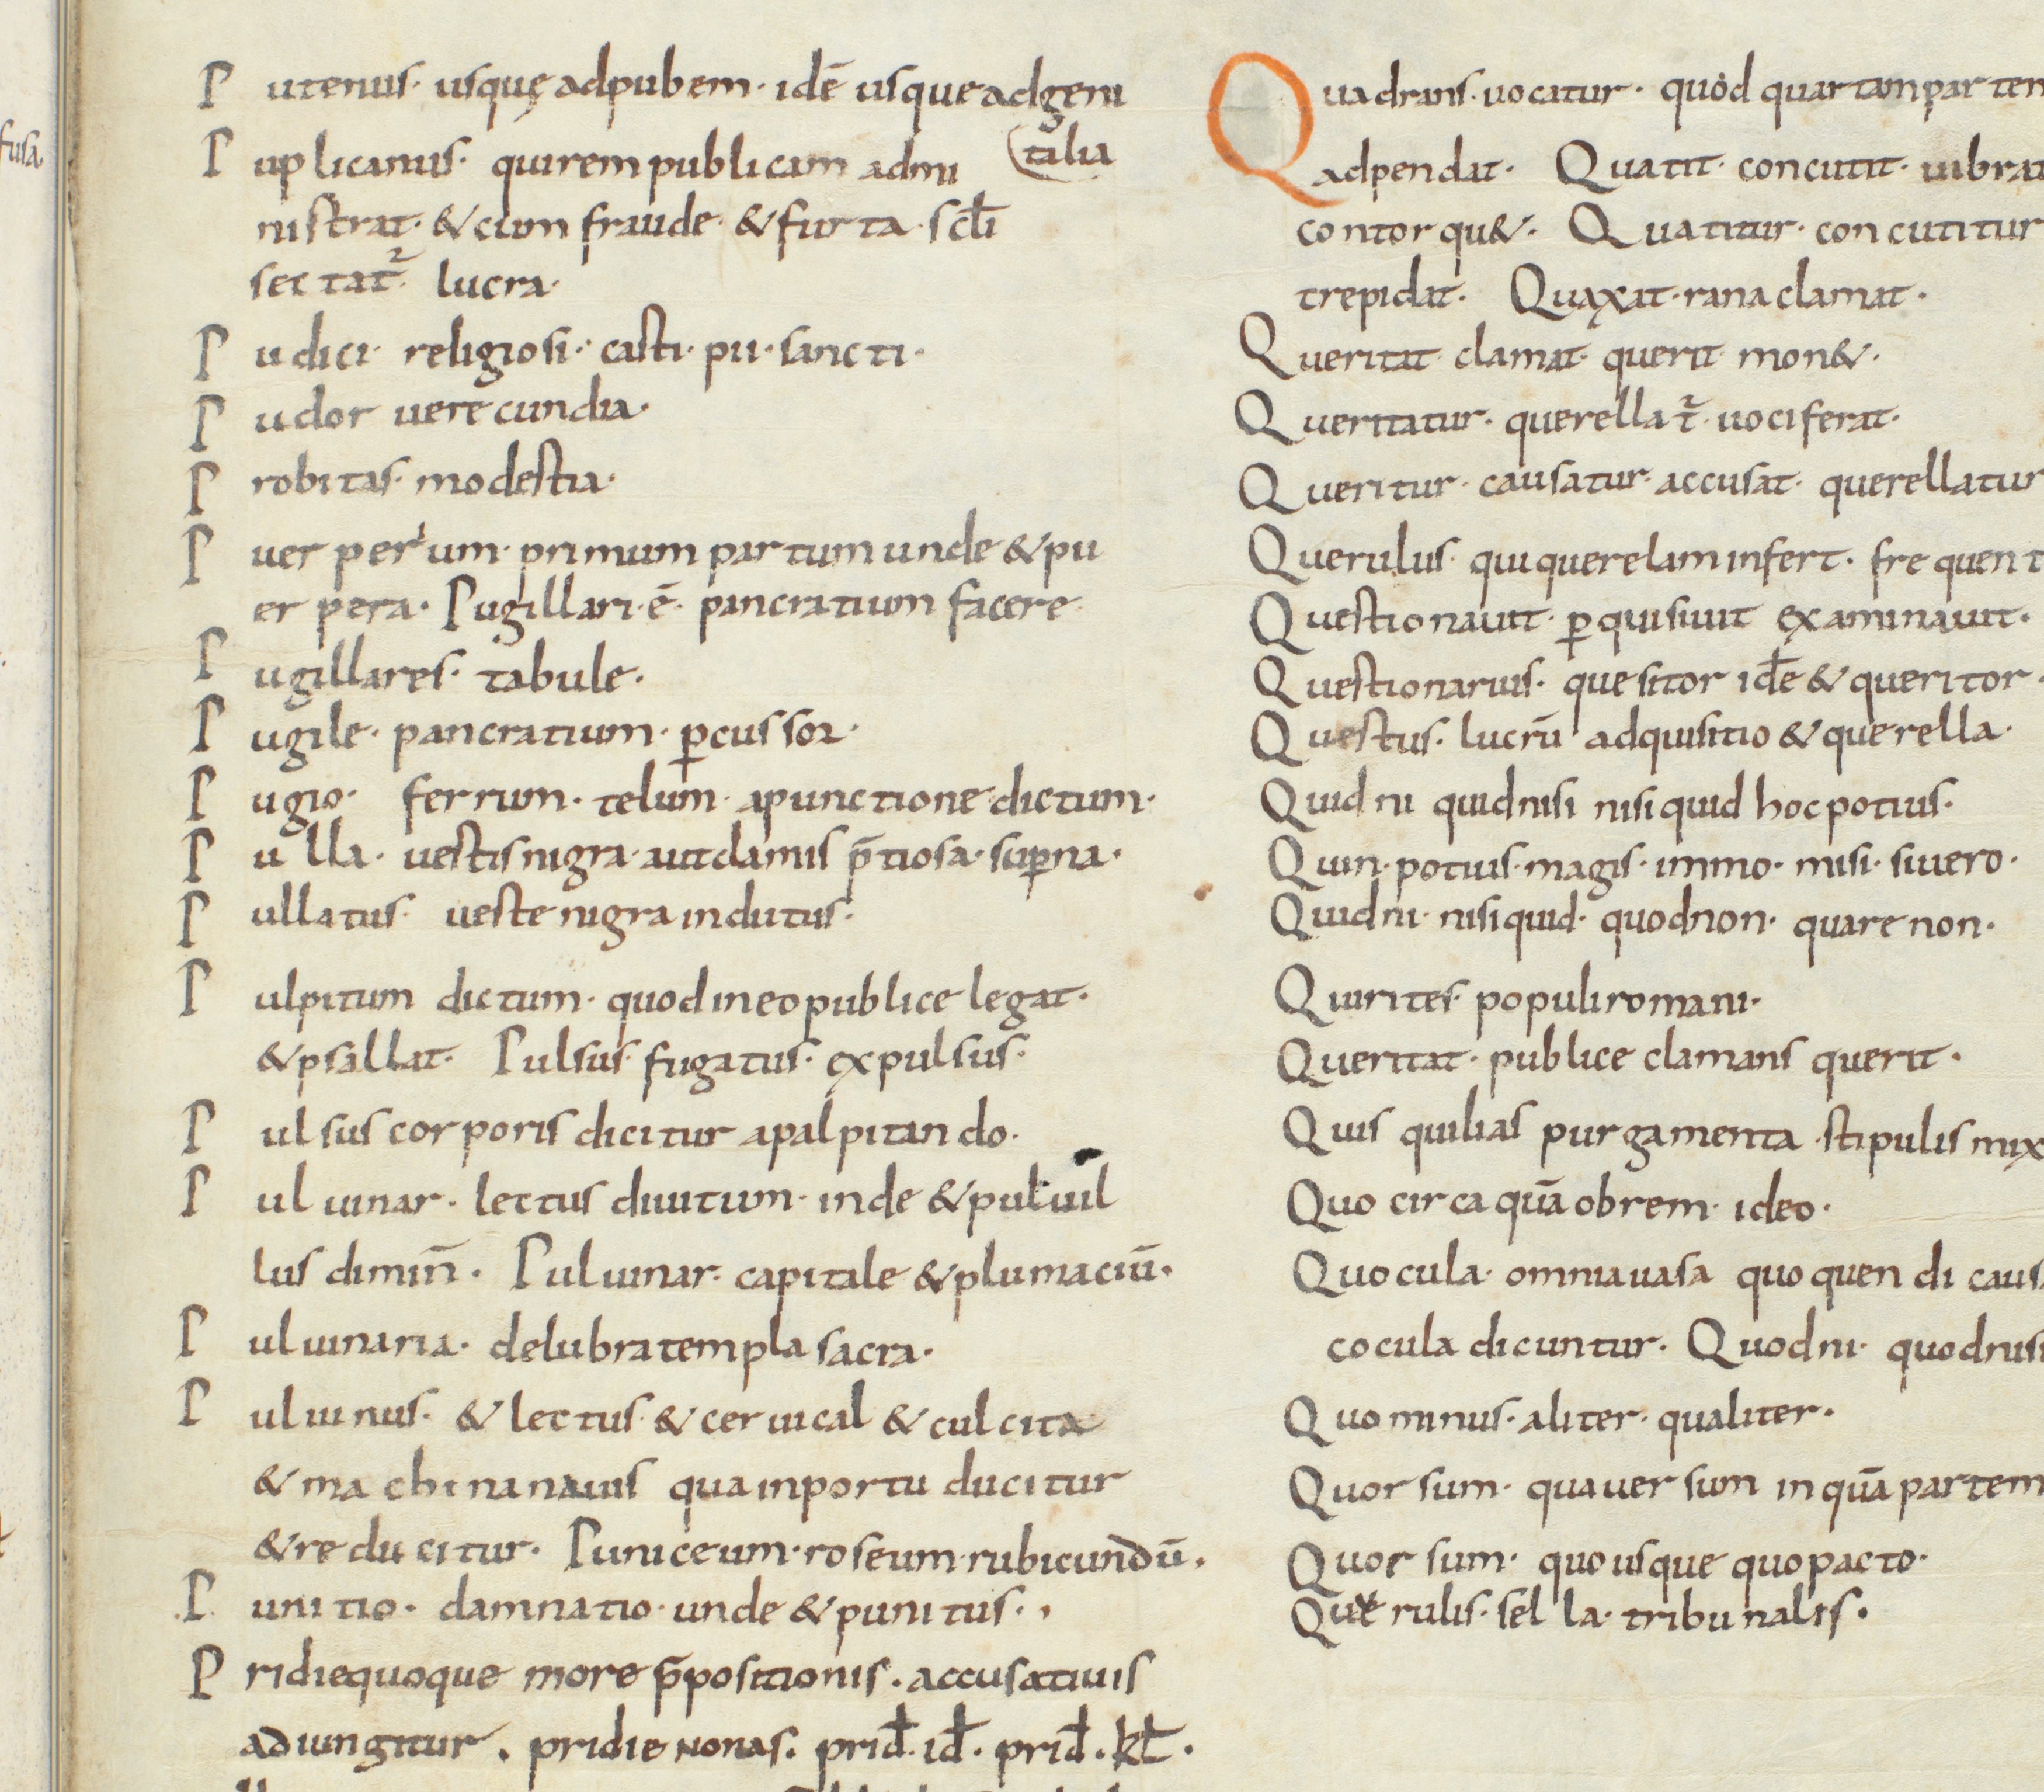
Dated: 850–899